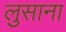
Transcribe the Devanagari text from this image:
लुसाना